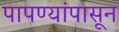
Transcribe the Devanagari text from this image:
पापण्यांपासून